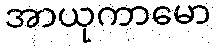
အာယုကာမော